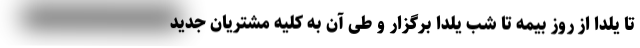
تا یلدا از روز بیمه تا شب یلدا برگزار و طی آن به کلیه مشتریان جدید